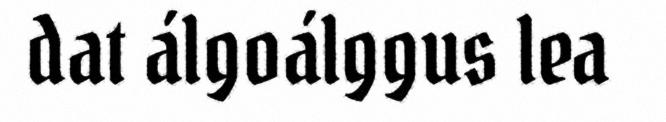
dat álgoálggus lea